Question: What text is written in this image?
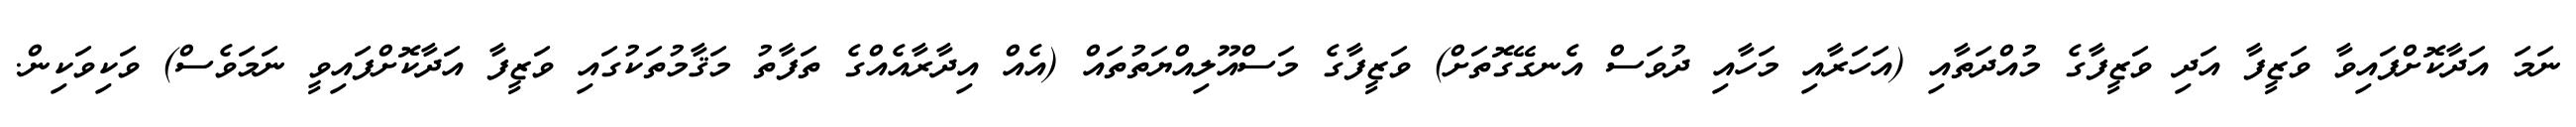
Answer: ނަމަ އަދާކޮށްފައިވާ ވަޒީފާ އަދި ވަޒީފާގެ މުއްދަތާއި (އަހަރާއި މަހާއި ދުވަސް އެނގޭގޮތަށް) ވަޒީފާގެ މަސްއޫލިއްޔަތުތައް (އެއް އިދާރާއެއްގެ ތަފާތު މަޤާމުތަކުގައި ވަޒީފާ އަދާކޮށްފައިވީ ނަމަވެސް) ވަކިވަކިން.